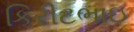
કિરીટભાઇ